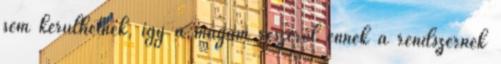
sem kerülhetnek, így a magam részéről ennek a rendszernek